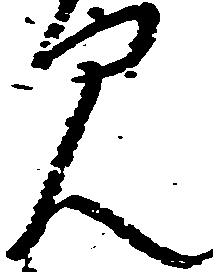
み